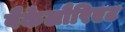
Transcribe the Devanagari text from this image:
बैकेलौरिएट